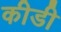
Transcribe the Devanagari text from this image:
कीडी